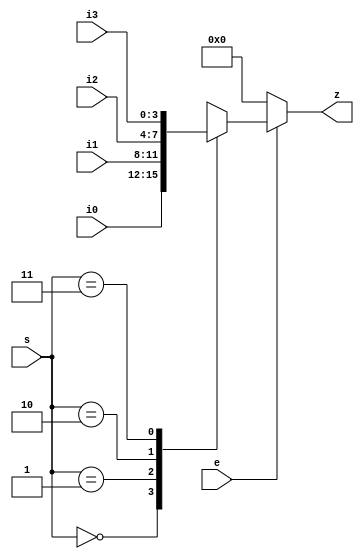
// (C) 2007  Robert T Finch
// All Rights Reserved.
//
// Verilog 1995
//
// Webpack 9.1i  xc3s1000-4ft256
//  slices /  LUTs / MHz

module mux4to1(e, s, i0, i1, i2, i3, z);
	parameter WID=4;
	input e;
	input [1:0] s;
	input [WID:1] i0;
	input [WID:1] i1;
	input [WID:1] i2;
	input [WID:1] i3;
	output [WID:1] z;
	reg [WID:1] z;

	always @(e or s or i0 or i1 or i2 or i3)
		if (!e)
			z <= {WID{1'b0}};
		else begin
			case(s)
			2'b00:	z <= i0;
			2'b01:	z <= i1;
			2'b10:	z <= i2;
			2'b11:	z <= i3;
			endcase
		end

endmodule